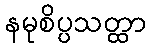
နမုစိပ္ပသတ္ထာ